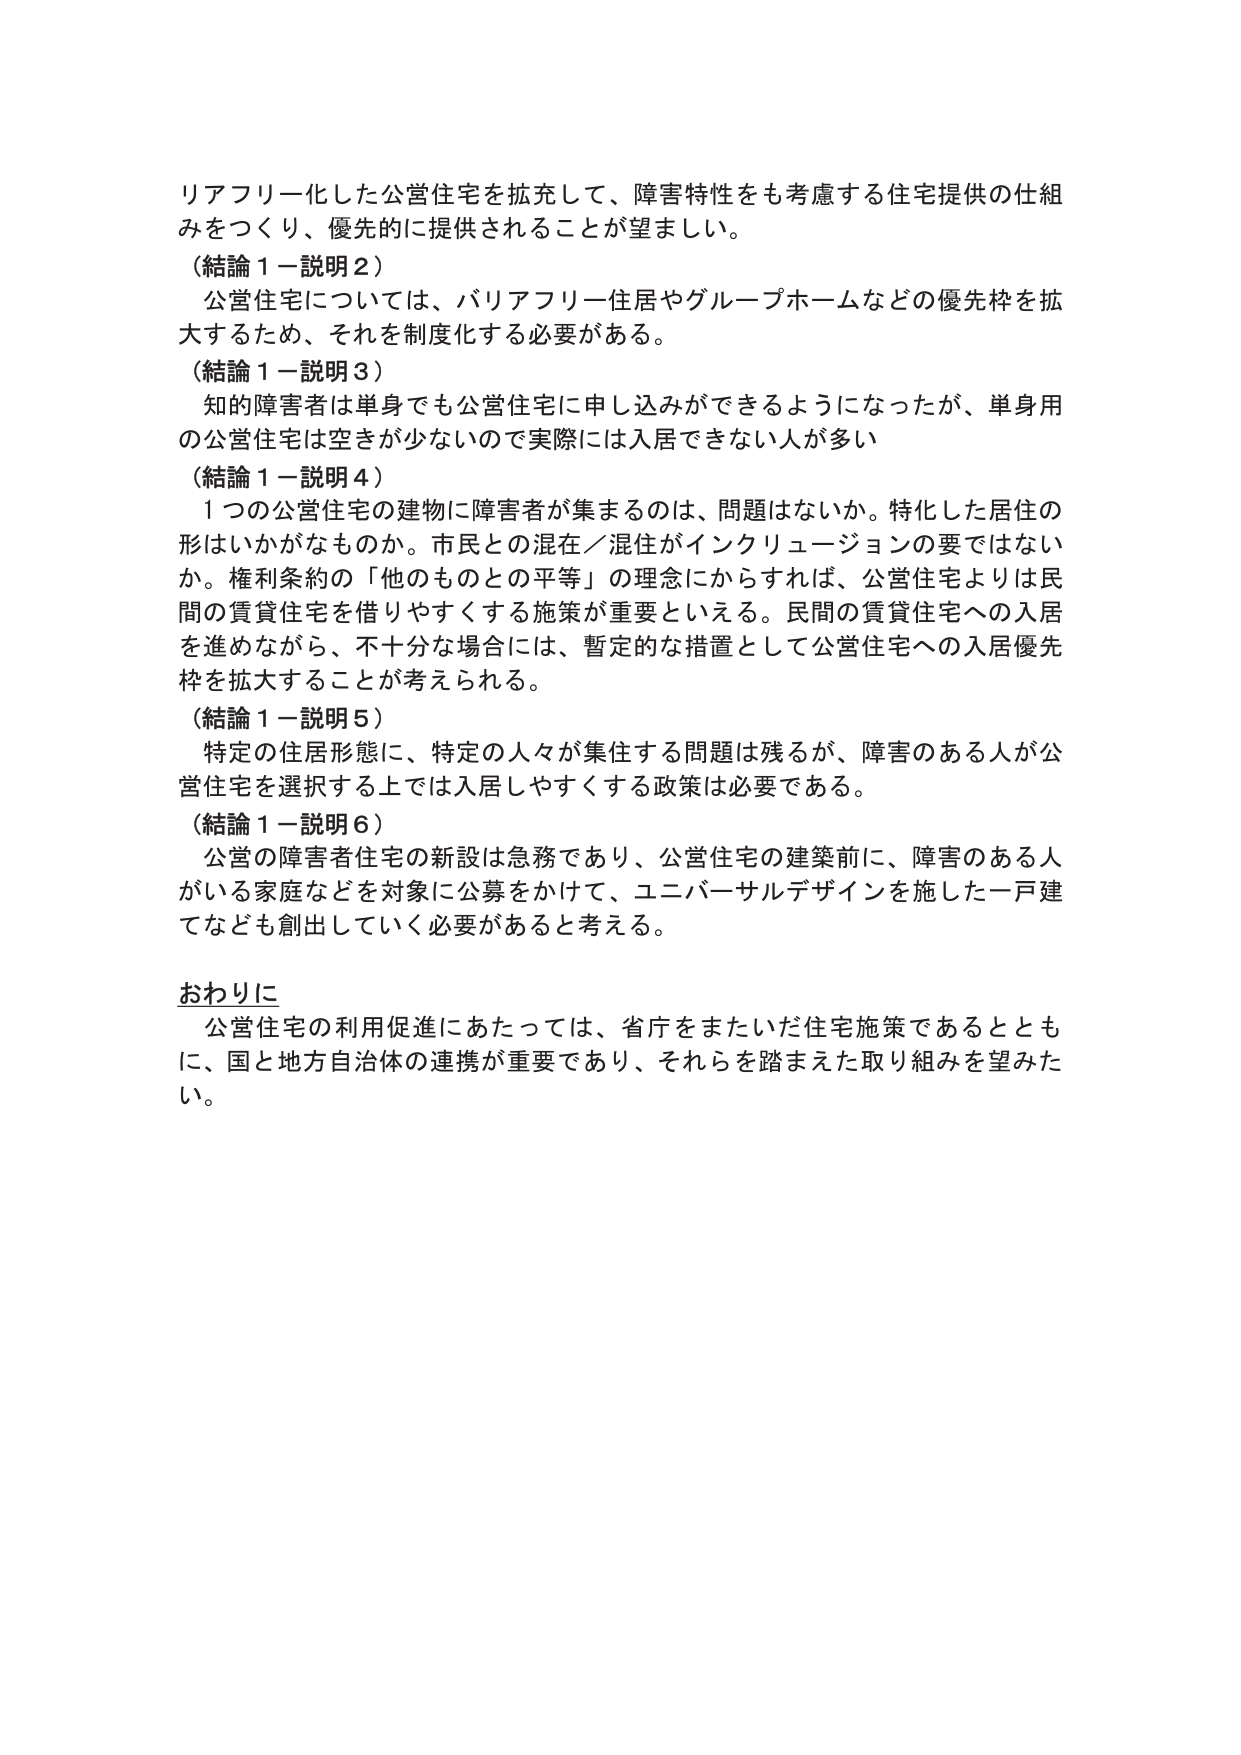
リアフリー化した公営住宅を拡充して、障害特性をも考慮する住宅提供の仕組みをつくり、優先的に提供されることが望ましい。

（結論１－説明２）
公営住宅については、バリアフリー住居やグループホームなどの優先枠を拡大するため、それを制度化する必要がある。

（結論１－説明３）
知的障害者は単身でも公営住宅に申し込みができるようになったが、単身用の公営住宅は空きが少ないので実際には入居できない人が多い

（結論１－説明４）
１つの公営住宅の建物に障害者が集まるのは、問題はないか。特化した居住の形はいかがなものか。市民との混在／混住がインクルージョンの要ではないか。権利条約の「他のものとの平等」の理念にからすれば、公営住宅よりは民間の賃貸住宅を借りやすくする施策が重要といえる。民間の賃貸住宅への入居を進めながら、不十分な場合には、暫定的な措置として公営住宅への入居優先枠を拡大することが考えられる。

（結論１－説明５）
特定の居住形態に、特定の人々が集住する問題は残るが、障害のある人が公営住宅を選択する上では入居しやすくする政策は必要である。

（結論１－説明６）
公営の障害者住宅の新設は急務であり、公営住宅の建築前に、障害のある人がいる家庭などを対象に公募をかけて、ユニバーサルデザインを施した一戸建てなども創出していく必要があると考える。

おわりに
公営住宅の利用促進にあたっては、省庁をまたいだ住宅施策であるとともに、国と地方自治体の連携が重要であり、それらを踏まえた取り組みを望みたい。